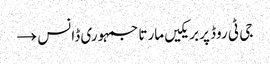
جی ٹی روڈ پر بریکیں مارتا جمہوری ڈانس →